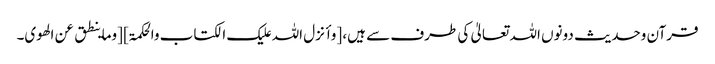
قرآن وحدیث دونوں اللہ تعالیٰ کی طرف سے ہیں، [وأنزل اللہ علیک الکتاب والحکمۃ] [وماینطق عن الھوی۔